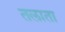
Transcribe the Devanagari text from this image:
तलाता